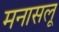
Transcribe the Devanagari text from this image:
मनासलू